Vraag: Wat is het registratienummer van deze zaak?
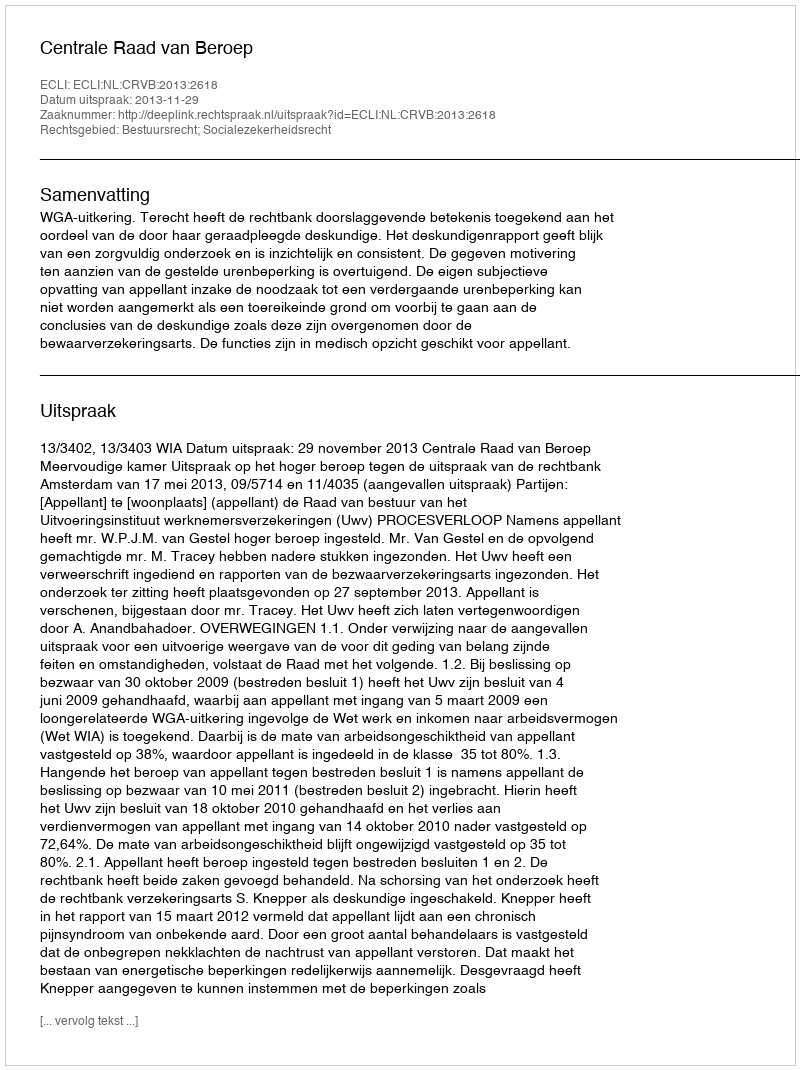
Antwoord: http://deeplink.rechtspraak.nl/uitspraak?id=ECLI:NL:CRVB:2013:2618